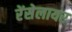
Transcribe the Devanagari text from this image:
रेंसेलायर